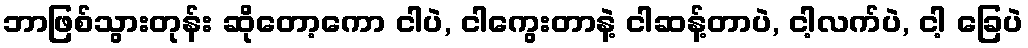
ဘာဖြစ်သွားတုန်း ဆိုတော့ကော ငါပဲ, ငါကွေးတာနဲ့ ငါဆန့်တာပဲ, ငါ့လက်ပဲ, ငါ့ ခြေပဲ